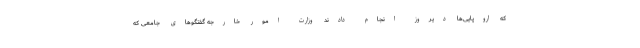
که اروپایی‌ها دیروز انجام دادند وزارت امور خارجه گفتگوهای جامعی که